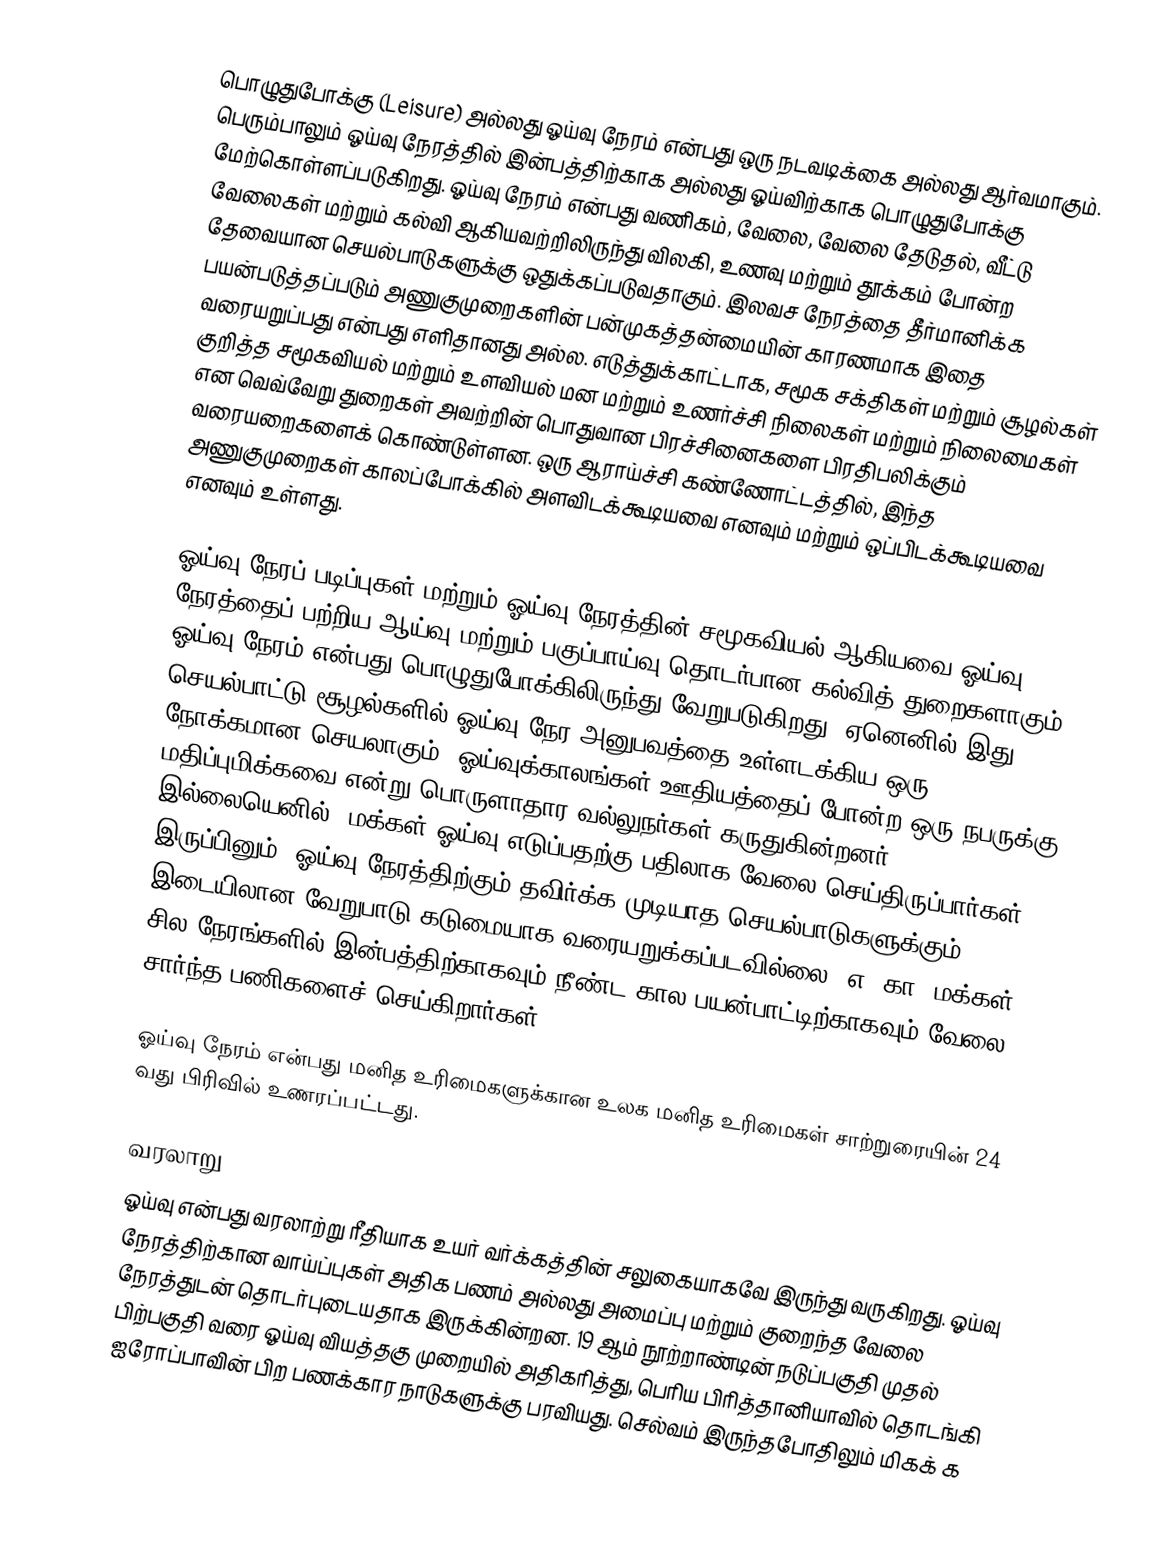
பொழுதுபோக்கு (Leisure) அல்லது ஓய்வு நேரம் என்பது ஒரு நடவடிக்கை அல்லது ஆர்வமாகும். பெரும்பாலும் ஓய்வு நேரத்தில் இன்பத்திற்காக அல்லது ஓய்விற்காக பொழுதுபோக்கு மேற்கொள்ளப்படுகிறது. ஓய்வு நேரம் என்பது வணிகம், வேலை, வேலை தேடுதல், வீட்டு வேலைகள் மற்றும் கல்வி ஆகியவற்றிலிருந்து விலகி, உணவு மற்றும் தூக்கம் போன்ற தேவையான செயல்பாடுகளுக்கு ஒதுக்கப்படுவதாகும்.  இலவச நேரத்தை தீர்மானிக்க பயன்படுத்தப்படும் அணுகுமுறைகளின் பன்முகத்தன்மையின் காரணமாக இதை வரையறுப்பது என்பது எளிதானது அல்ல. எடுத்துக்காட்டாக, சமூக சக்திகள் மற்றும் சூழல்கள் குறித்த சமூகவியல் மற்றும் உளவியல் மன மற்றும் உணர்ச்சி நிலைகள் மற்றும் நிலைமைகள் என வெவ்வேறு துறைகள் அவற்றின் பொதுவான பிரச்சினைகளை பிரதிபலிக்கும் வரையறைகளைக் கொண்டுள்ளன. ஒரு ஆராய்ச்சி கண்ணோட்டத்தில், இந்த அணுகுமுறைகள் காலப்போக்கில் அளவிடக்கூடியவை எனவும் மற்றும் ஒப்பிடக்கூடியவை எனவும் உள்ளது.

ஓய்வு நேரப் படிப்புகள் மற்றும் ஓய்வு நேரத்தின் சமூகவியல் ஆகியவை ஓய்வு நேரத்தைப் பற்றிய ஆய்வு மற்றும் பகுப்பாய்வு தொடர்பான கல்வித் துறைகளாகும். ஓய்வு நேரம் என்பது பொழுதுபோக்கிலிருந்து வேறுபடுகிறது. ஏனெனில் இது செயல்பாட்டு சூழல்களில் ஓய்வு நேர அனுபவத்தை உள்ளடக்கிய ஒரு நோக்கமான செயலாகும். ஓய்வுக்காலங்கள் ஊதியத்தைப் போன்ற ஒரு நபருக்கு மதிப்புமிக்கவை என்று பொருளாதார வல்லுநர்கள் கருதுகின்றனர். இல்லையெனில், மக்கள் ஓய்வு எடுப்பதற்கு பதிலாக வேலை செய்திருப்பார்கள். இருப்பினும், ஓய்வு நேரத்திற்கும் தவிர்க்க முடியாத செயல்பாடுகளுக்கும் இடையிலான வேறுபாடு கடுமையாக வரையறுக்கப்படவில்லை. எ. கா. மக்கள் சில நேரங்களில் இன்பத்திற்காகவும் நீண்ட கால பயன்பாட்டிற்காகவும் வேலை சார்ந்த பணிகளைச் செய்கிறார்கள்.

ஓய்வு நேரம் என்பது மனித உரிமைகளுக்கான உலக மனித உரிமைகள் சாற்றுரையின் 24 வது பிரிவில் உணரப்பட்டது.

வரலாறு
ஓய்வு என்பது வரலாற்று ரீதியாக உயர் வர்க்கத்தின் சலுகையாகவே இருந்து வருகிறது. ஓய்வு நேரத்திற்கான வாய்ப்புகள் அதிக பணம் அல்லது அமைப்பு மற்றும் குறைந்த வேலை நேரத்துடன் தொடர்புடையதாக இருக்கின்றன. 19 ஆம் நூற்றாண்டின் நடுப்பகுதி முதல் பிற்பகுதி வரை ஓய்வு வியத்தகு முறையில் அதிகரித்து, பெரிய பிரித்தானியாவில் தொடங்கி ஐரோப்பாவின் பிற பணக்கார நாடுகளுக்கு பரவியது. செல்வம் இருந்தபோதிலும் மிகக் க